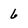
Character: 6